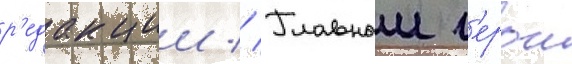
р'едакции // Главныи г'ерои